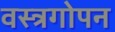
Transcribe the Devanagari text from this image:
वस्त्रगोपन